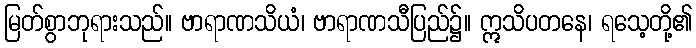
မြတ်စွာဘုရားသည်။ ဗာရာဏသိယံ၊ ဗာရာဏသီပြည်၌။ ဣသိပတနေ၊ ရသေ့တို့၏